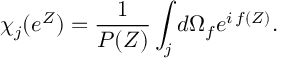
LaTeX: \chi _ { j } ( e ^ { Z } ) = { \frac { 1 } { P ( Z ) } } \int _ { j } d \Omega _ { f } e ^ { i \, f ( Z ) } .